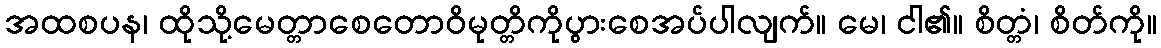
အထစပန၊ ထိုသို့မေတ္တာစေတောဝိမုတ္တိကိုပွားစေအပ်ပါလျက်။ မေ၊ ငါ၏။ စိတ္တံ၊ စိတ်ကို။